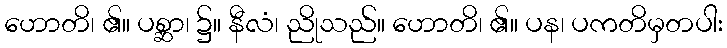
ဟောတိ၊ ၏။ ပစ္ဆာ၊ ၌။ နီလံ၊ ညိုသည်။ ဟောတိ၊ ၏။ ပန၊ ပကတိမှတပါး